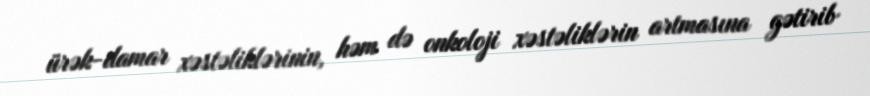
ürək-damar xəstəliklərinin, həm də onkoloji xəstəliklərin artmasına gətirib